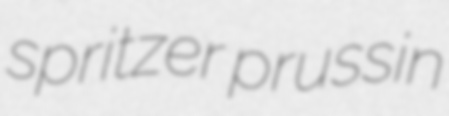
spritzer prussin